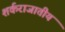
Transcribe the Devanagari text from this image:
शर्कराजातीय